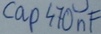
Text: cap470nF